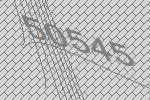
50545